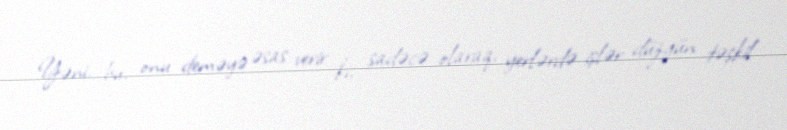
Yəni, bu, onu deməyə əsas verir ki, sadəcə olaraq, yerlərdə işlər düzgün təşkil